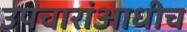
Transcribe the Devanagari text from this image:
उपचारांआधीच